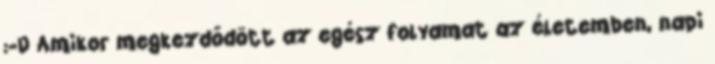
:-D Amikor megkezdődött az egész folyamat az életemben, napi